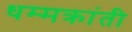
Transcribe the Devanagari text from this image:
धम्मक्रांती